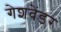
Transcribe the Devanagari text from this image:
गेशवेंडर